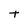
Character: t